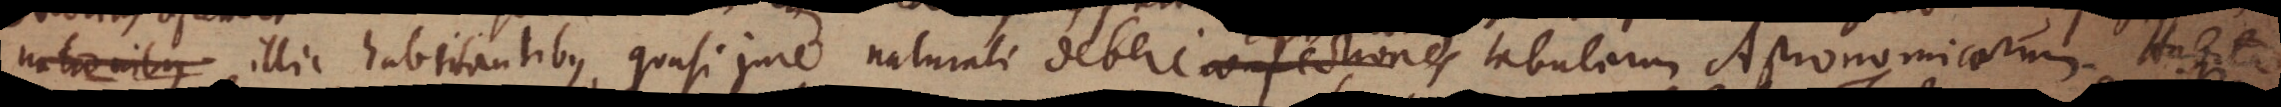
nationibus illic habitantibus, quasi jure naturali debere confectiones tabularum Astronomicarum. Habita